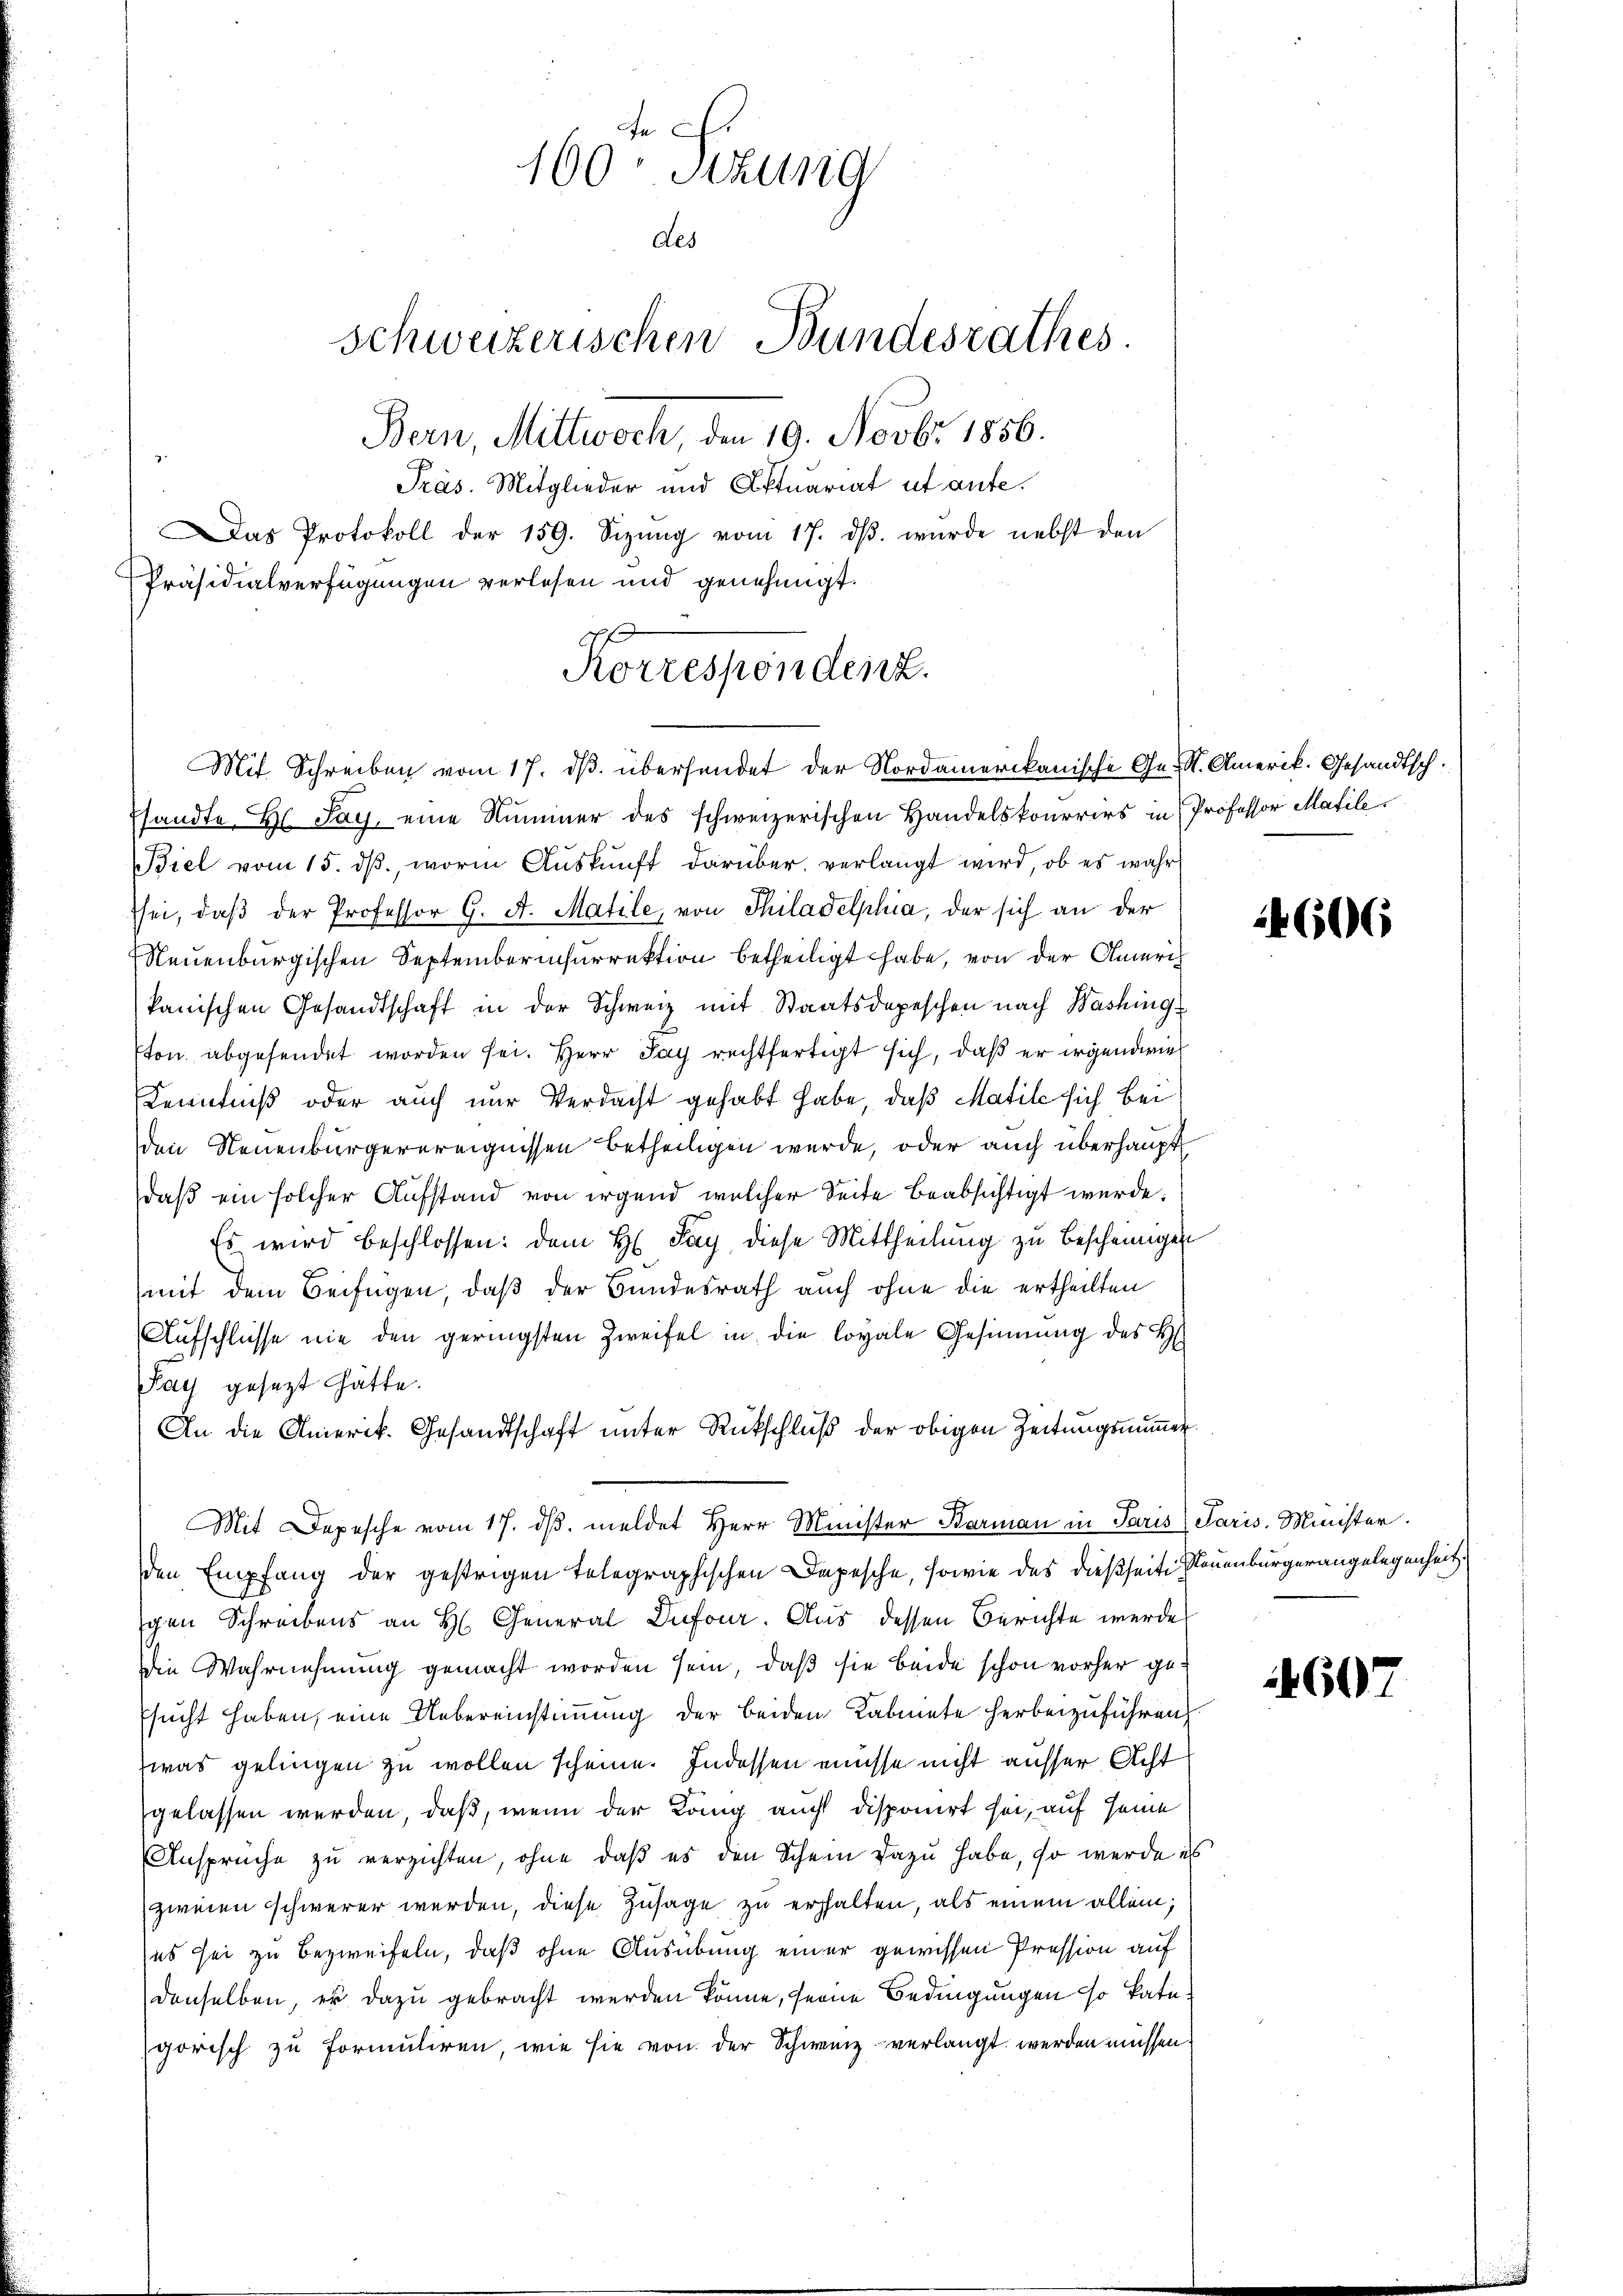
r
160 Stzung
des
Schweizerischen Bundesrathes.
Bern, Mittwoch, den 19. Novbr 1856.
Präs. Mitglieder und Aktuariat ut aufe.
Das Protokoll der 159. Sizŭng vom 17. dβ. wurde nebst den
Präsidialverfügungen verlesen und genehmigt.

Biel vom 15. dβ, worin Auskunft darüber verlangt wird, ob es wahr
sei, daβ der Professor G. A. Matile, von Thiladelphia, der sich an der
Neuenburgischen Septemberechurrektion betheiligt habe, von der Americh
kanischen Gesandtschaft in der Schweiz mit Staatsdepeschen nach Washing
ton abgesendet worden sei. Herr Jay rechtfertigt sich, daß er irgendwie
Kenntniß oder auch nur Verdacht gehabt habe, daß Matile sich bei
den Neuenburgerereignissen betheiligen werde, oder auch überhaupt
daß ein solcher Aufstand von irgend welcher Seite beabsichtigt wurde.
Es wird beschlossen: dem H. Tag, diese Mittheilung zu bescheinigen
(mit dem Beifügen, daß der Bundesrath auch ohne die ertheilten
Aufschlüsse nie den geringsten Zweifel in die loyale Gesinnung des H
Say gesezt hätte.
An die Amerik. Gesandtschaft ŭnter Rückschlŭβ der obigen Zeitŭngsnmer
Mit Depesche vom 17. dβ meldet Herr Minister Barman in Paris Paris. Minister
den Empfang der gestrigen telegraphischen Depesche, sowie das dießseit Neuenbürgerangelegenheit,
schen Schreibens an H. General Dufour. Aus dessen Berichte werde
Die Wahrnehmung gemacht worden sein, daß sie beide schon vorher ge¬
Esucht haben, eine Uebereinstimmung der beiden Kabinete herbeizuführen,
was gelingen zu wollen scheine. Indessen müsse nicht ausser Acht
gelassen werden, daß, wenn der König aucht disponirt sei, auf seine
Ansprüche zu verzichten, ohne daß es den Schein dazu habe, so werde es
zweien schwerer werden, diese Zusage zu erhalten, als einem allein;
es sei zu bezweifeln, daß ohne Ausübung einer gewissen Pression auf
denselben, er dazu gebracht werden könne, seine Bedingungen so kategorisch zu formuliren, wie sie von der Schweiz verlangt werden müssen.

Korrespondenz.
Mit Schreiben vom 17. ds. überhandet der Nordamerikanische Ge-S. Amerik. Gesandtsch.
sandte Hr. Sag, eine Nummer des schweizerischen Handelskonorirs in Professor Matile

4606

4607